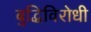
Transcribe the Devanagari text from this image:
बुद्धिविरोधी